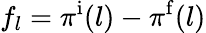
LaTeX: f_{l}=\pi^{\mathrm i}(l)-\pi^{\mathrm f}(l)